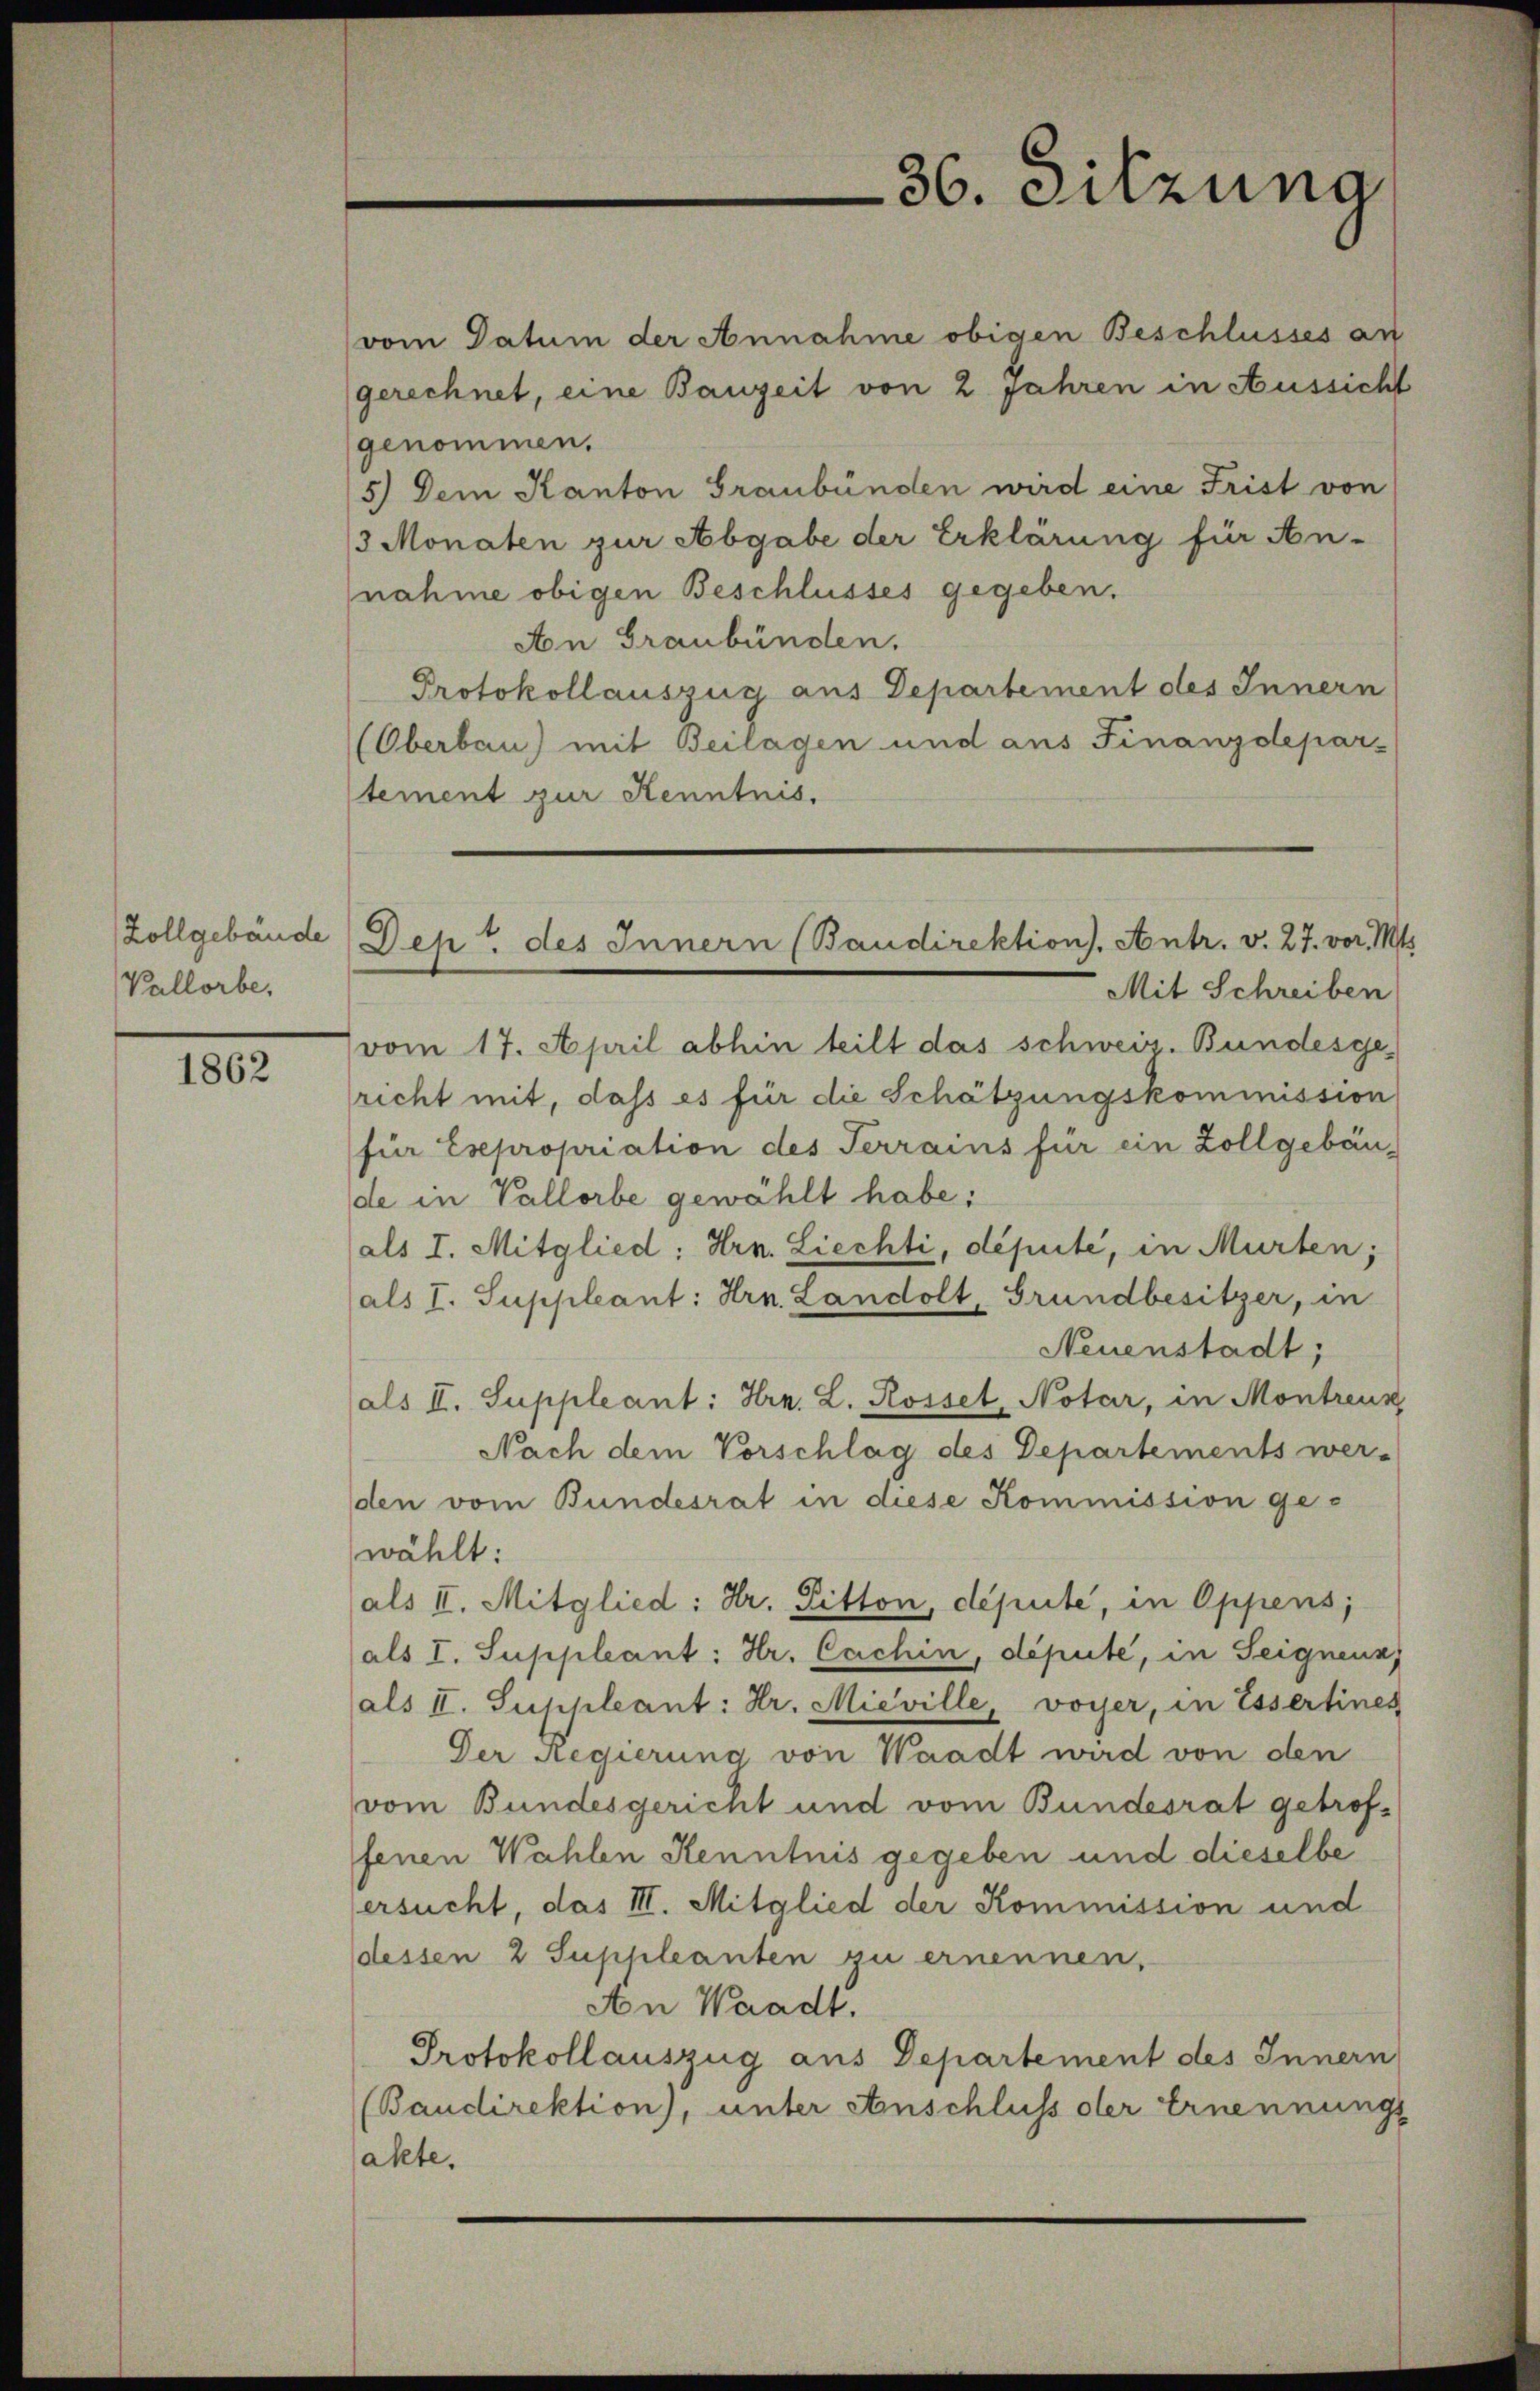
Vallorbe,

1862

vom Datum der Annahme obigen Beschlusses an
gerechnet, eine Bauzeit von 2 Jahren in Aussicht
genommen.
5) Dem Kanton Graubünden wird eine Frist von
3 Monaten zur Abgabe der Erklärung für An-
nahme obigen Beschlusses gegeben.
Aon Graubünden.
Protokollauszug aus Departement des Innern
(Oberbau) mit Beilagen und aus Finanzdeparstement zur Kenntnis,
vom 17. April abhin teilt das schweiz. Bundesge-
richt mit, dass es für die Schätzungskommission
für Esepropriation des Terrains für ein Zollgebäu-
de in Vallorbe gewählt habe:
als I. Mitglied: Hrn. Liechti, depute, in Murten;
(als I. Suppleant: Hrn. Landolt, Grundbesitzer, in
Neuenstadt;
als II. Suppleant: Hrn. L. Rossel, Notar, in Montreux,
Nach dem Vorschlag des Departements wer-
den vom Bundesrat in diese Kommission gewählt:
als II. Mitglied: Hr. Pitton, depute, in Oppens;
als I. Suppleant: Hr. Cachin, depute, in Seignenn
als II. Suppleant: Hr. Mieville, voyer, in Essertines
Der Regierung von Waadt wird von den
vom Bundesgericht und vom Bundesrat getroffenen Wahlen Kenntnis gegeben und dieselbe
ersucht, das III. Mitglied der Kommission und
dessen 2 Suppleanten zu ernennen,
An Waadt.
Protokollauszug aus Departement des Innern
(Baudirektion), unter Anschluss der Ernennungs
sakte.

36. Sitzung

Zollgebäude Dept des Innern (Baudirektion. Antr. v. 27. vor. Mt
Mit Schreiben